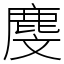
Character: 𪊓